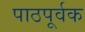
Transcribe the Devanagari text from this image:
पाठपूर्वक